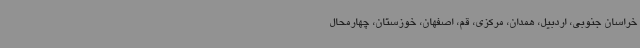
خراسان جنوبی، اردبیل، همدان، مرکزی، قم، اصفهان، خوزستان، چهارمحال